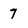
Character: 7